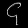
Digit: ၄